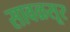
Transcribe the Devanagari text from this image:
सावळसूर